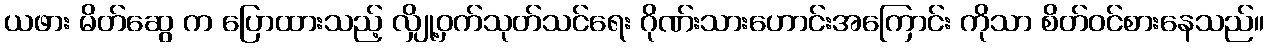
ယဖား မိတ်ဆွေ က ပြောထားသည့် လျှို့ဝှက်သုတ်သင်ရေး ဂိုဏ်းသားဟောင်းအကြောင်း ကိုသာ စိတ်ဝင်စားနေသည်။